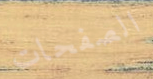
الصفحات